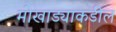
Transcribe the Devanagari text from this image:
मोखाड्याकडील